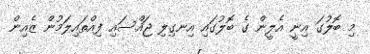
މި ބޮލުގަ އިނީ އެލީން ގެ ބޮލުގައި އިނގިލި ޖައްސައި ފިއްތައިލަމުން ޒެއިން